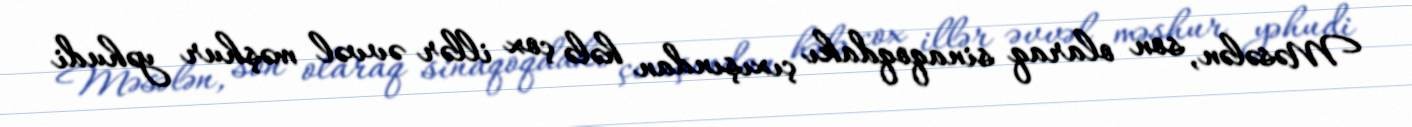
Məsələn, son olaraq sinaqoqdakı çıxışından hələ çox illər əvvəl məşhur yəhudi